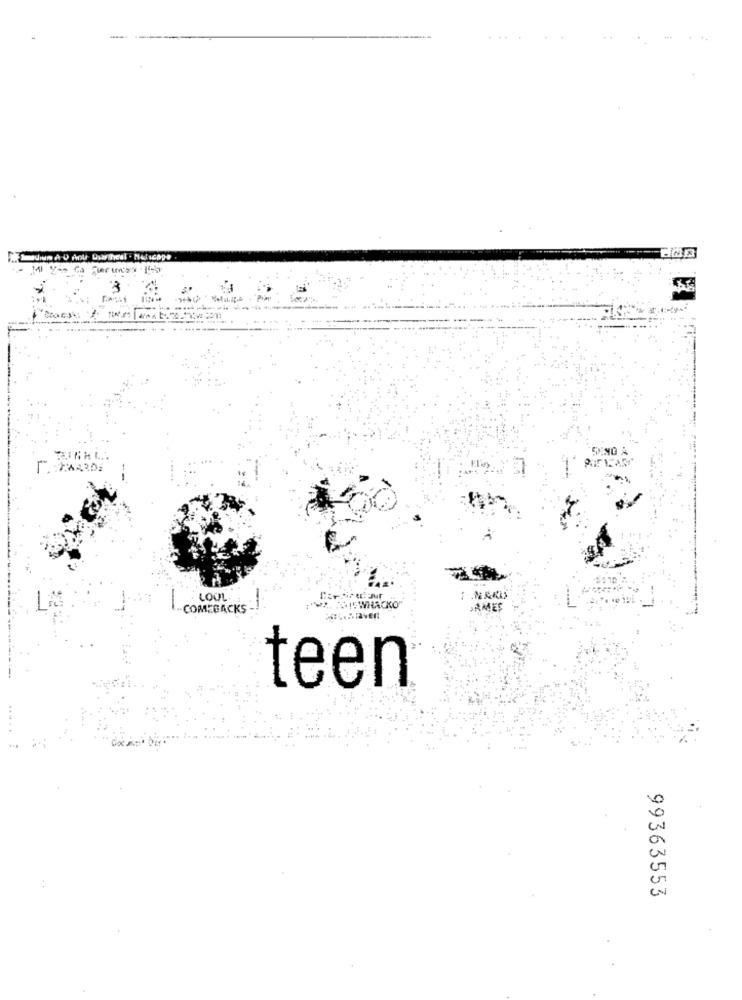
JeJus AO Ant Diartheal - Malicape
3
-
LOUL
-COMEBACKS -
JAMES
teen
99363553